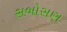
સબોસણ